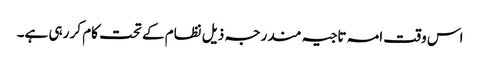
اس وقت امہ تاجیہ مندرجہ ذیل نظام کے تحت کام کر رہی ہے۔